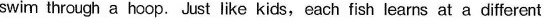
swim through a hoop. Just like kids, each fish learns at a different